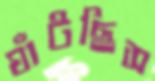
ঘাঁটছিস